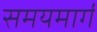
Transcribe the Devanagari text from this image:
समयमार्ग